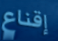
إقناع